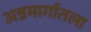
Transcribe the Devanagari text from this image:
अन्नमार्गातला